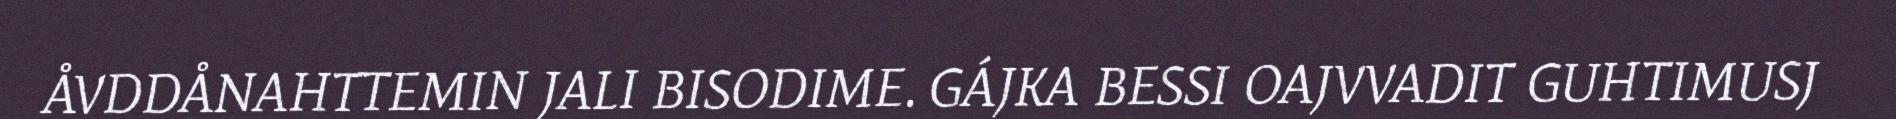
ÅVDDÅNAHTTEMIN JALI BISODIME. GÁJKA BESSI OAJVVADIT GUHTIMUSJ